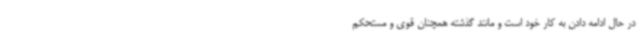
در حال ادامه دادن به کار خود است و مانند گذشته همچنان قوی و مستحکم